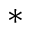
^ *